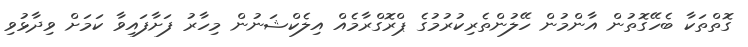
ގޮތްތަކާ ބެހޭގޮތުން އާންމުން ހޭލުންތެރިކުރުމުގެ ޕްރޮގްރާމެއް އިލެކްޝަނުން މިހާރު ފަށާފައިވާ ކަމަށް ވިދާޅުވި